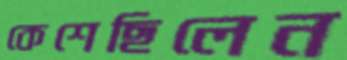
কেশেছিলেন